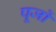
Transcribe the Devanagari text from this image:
पूर्जो